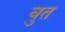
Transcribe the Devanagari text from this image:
वुत